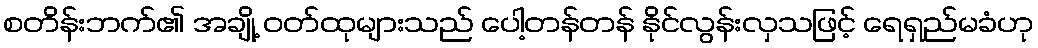
စတိန်းဘက်၏ အချို့ ဝတ်ထုများသည် ပေါ့တန်တန် နိုင်လွန်းလှသဖြင့် ရေရှည်မခံဟု